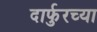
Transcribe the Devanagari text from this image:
दार्फुरच्या